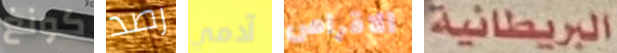
كونغ رصد آدمي الاقراص البريطانية